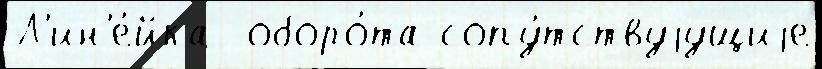
Л'ин'е́йка  оборо́та сопу́тствуjущиjе